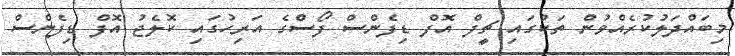
މިބައްދަލުކުރެއްވުން ތަކުގައި ޗީފް އޮފް ޑިފެންސް ފޯސްގެ އަރިހުގައި ކޮލެޖު އޮފް ޑިފެންސް